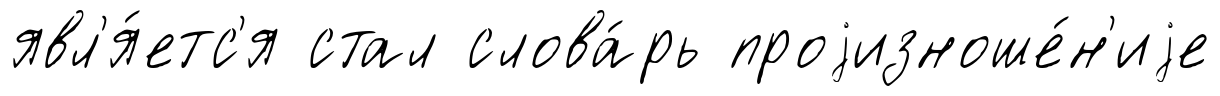
явл'я́етс'я стал слова́рь проjизноше́н'иjе